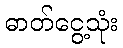
ဓာတ်ငွေ့သုံး